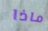
ماذا